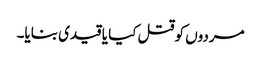
مردوں کو قتل کیا یا قیدی بنایا۔